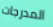
المدرجات